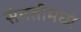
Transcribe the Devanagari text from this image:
संततीमध्ये